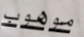
موهوب